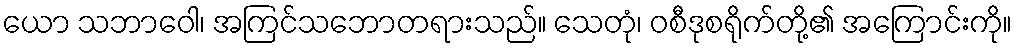
ယော သဘာဝေါ၊ အကြင်သဘောတရားသည်။ သေတုံ၊ ဝစီဒုစရိုက်တို့၏ အကြောင်းကို။